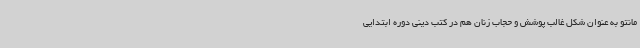
مانتو به عنوان شکل غالب پوشش و حجاب زنان هم در کتب دینی دوره ابتدایی